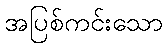
အပြစ်ကင်းသော